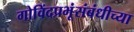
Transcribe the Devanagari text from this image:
गोविंदप्रभूंसंबंधीच्या